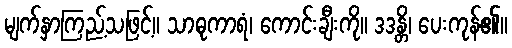
မျက်နှာကြည့်သဖြင့်။ သာဓုကာရံ၊ ကောင်းချီးကို။ ဒဒန္တိ၊ ပေးကုန်၏။